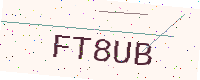
Text: FT8UB